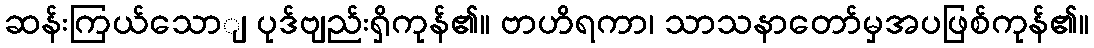
ဆန်းကြယ်သောျ ပုဒ်ဗျည်းရှိကုန်၏။ ဗာဟိရကာ၊ သာသနာတော်မှအပဖြစ်ကုန်၏။